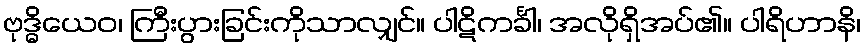
ဗုဒ္ဓိယေဝ၊ ကြီးပွားခြင်းကိုသာလျှင်။ ပါဋိကင်္ခါ၊ အလိုရှိအပ်၏။ ပါရိဟာနိ၊